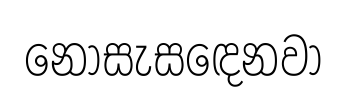
නොසැසඳෙනවා